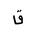
Letter: _qaf